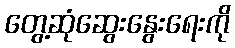
တွေ့ဆုံဆွေးနွေးရေးကို